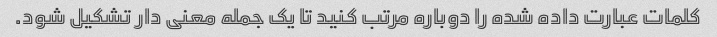
کلمات عبارت داده شده را دوباره مرتب کنید تا یک جمله معنی دار تشکیل شود.